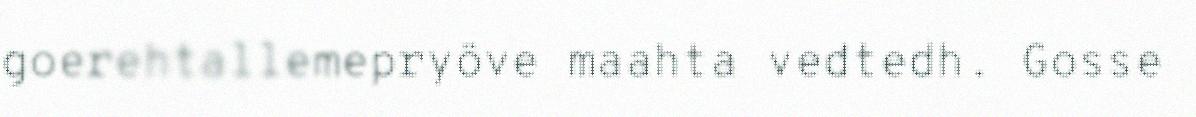
goerehtallemepryöve maahta vedtedh. Gosse